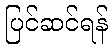
ပြင်ဆင်ရန်